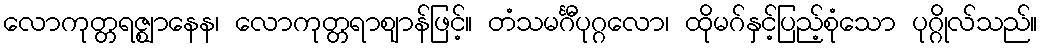
လောကုတ္တရဇ္ဈာနေန၊ လောကုတ္တရာဈာန်ဖြင့်။ တံသမင်္ဂီပုဂ္ဂလော၊ ထိုမဂ်နှင့်ပြည့်စုံသော ပုဂ္ဂိုလ်သည်။